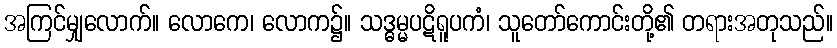
အကြင်မျှလောက်။ လောကေ၊ လောက၌။ သဒ္ဓမ္မပဋိရူပကံ၊ သူတော်ကောင်းတို့၏ တရားအတုသည်။